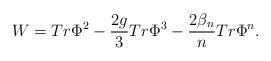
LaTeX: \begin{align*}W = Tr \Phi^2 - \frac{2g}{3} Tr\Phi^3 - \frac{2 \beta_n}{n} Tr \Phi^n .\end{align*}